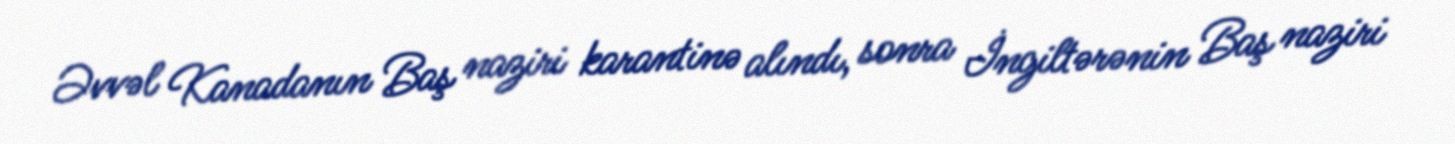
Əvvəl Kanadanın Baş naziri karantinə alındı, sonra İngiltərənin Baş naziri